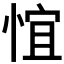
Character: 𪬃